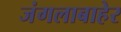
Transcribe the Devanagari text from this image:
जंगलाबाहेर